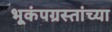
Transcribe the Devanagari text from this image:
भूकंपग्रस्तांच्या